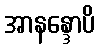
အာနန္ဒောပိ